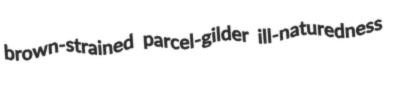
brown-strained parcel-gilder ill-naturedness